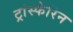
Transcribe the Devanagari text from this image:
ट्रांस्फेर्रिन